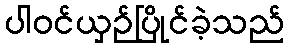
ပါဝင်ယှဉ်ပြိုင်ခဲ့သည်